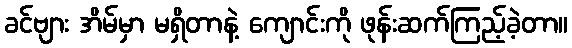
ခင်ဗျား အိမ်မှာ မရှိတာနဲ့ ကျောင်းကို ဖုန်းဆက်ကြည့်ခဲ့တာ။